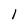
Character: l